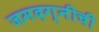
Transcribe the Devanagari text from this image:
जमदग्नीची